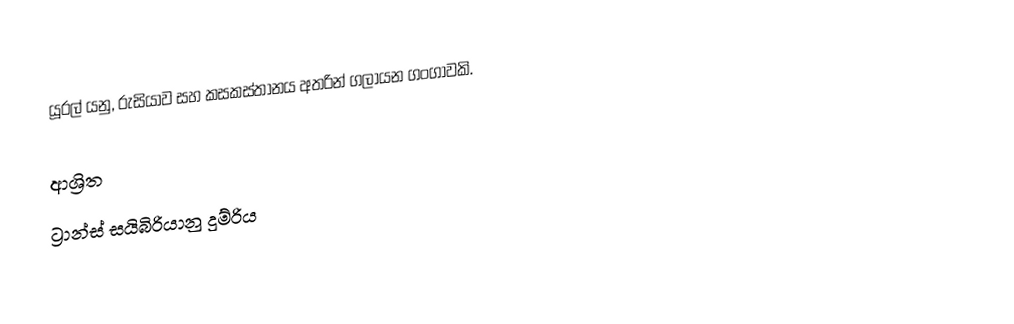
යූරල් යනු, රුසියාව සහ  කසකස්තානය අතරින් ගලායන ගංගාවකි.

ආශ්‍රිත
 ට්‍රාන්ස්‌ සයිබිරියානු දුම්රිය